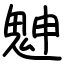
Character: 䰠